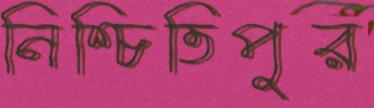
নিশ্চিতিপুর